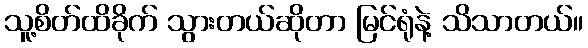
သူ့စိတ်ထိခိုက် သွားတယ်ဆိုတာ မြင်ရုံနဲ့ သိသာတယ်။